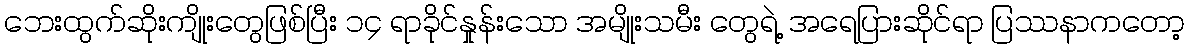
ဘေးထွက်ဆိုးကျိုးတွေဖြစ်ပြီး ၁၄ ရာခိုင်နှုန်းသော အမျိုးသမီး တွေရဲ့ အရေပြားဆိုင်ရာ ပြဿနာကတော့